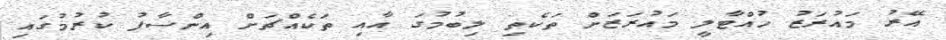
އޭރު މައުރަޒު ހުއްޓާލީ މައުރަޒަށް ތަކެތި ލިބުމުގަ އާއި ތަކެއްޗަށް އިންސާފު ކުރުމުގައި